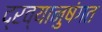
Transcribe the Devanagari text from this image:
द्रव्यानुषंगत